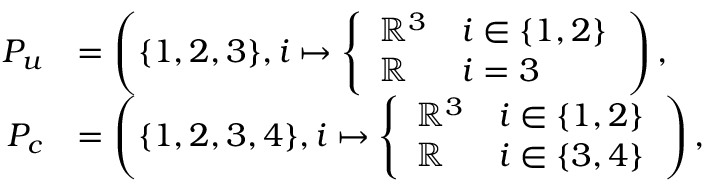
\begin{array} { r l } { P _ { u } } & { = \left( \{ 1 , 2 , 3 \} , i \mapsto \left\{ \begin{array} { l l } { \mathbb { R } ^ { 3 } } & { i \in \{ 1 , 2 \} } \\ { \mathbb { R } } & { i = 3 } \end{array} \right. \right) , } \\ { P _ { c } } & { = \left( \{ 1 , 2 , 3 , 4 \} , i \mapsto \left\{ \begin{array} { l l } { \mathbb { R } ^ { 3 } } & { i \in \{ 1 , 2 \} } \\ { \mathbb { R } } & { i \in \{ 3 , 4 \} } \end{array} \right. \right) , } \end{array}